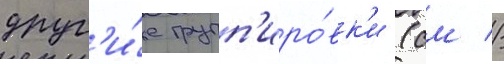
друг'и́е групп'иро́вк'и (см //